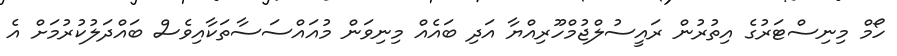
ހޯމް މިނިސްޓަރުގެ އިތުރުން ރައީސުލްޖުމްހޫރިއްޔާ އަދި ބައެއް މިނިވަން މުއައްސަސާތަކާއިވެސް ބައްދަލުކުރުމަށް އެ